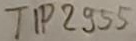
Text: TIP2955